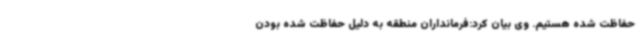
حفاظت شده هستیم. وی بیان کرد:فرمانداران منطقه به دلیل حفاظت شده بودن